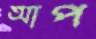
আপ